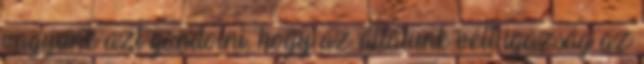
vagyunk azt gondolni, hogy az általunk vélt igazság az